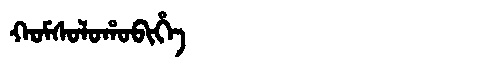
Manchu: ᡴᠣᠮᠰᠣᠯᠣᡥᠣᠪᡳᡥᡝ
Romanization: KOMSOLOHOBIHE